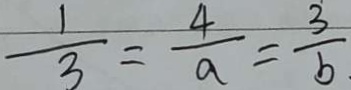
\frac { 1 } { 3 } = \frac { 4 } { a } = \frac { 3 } { b }